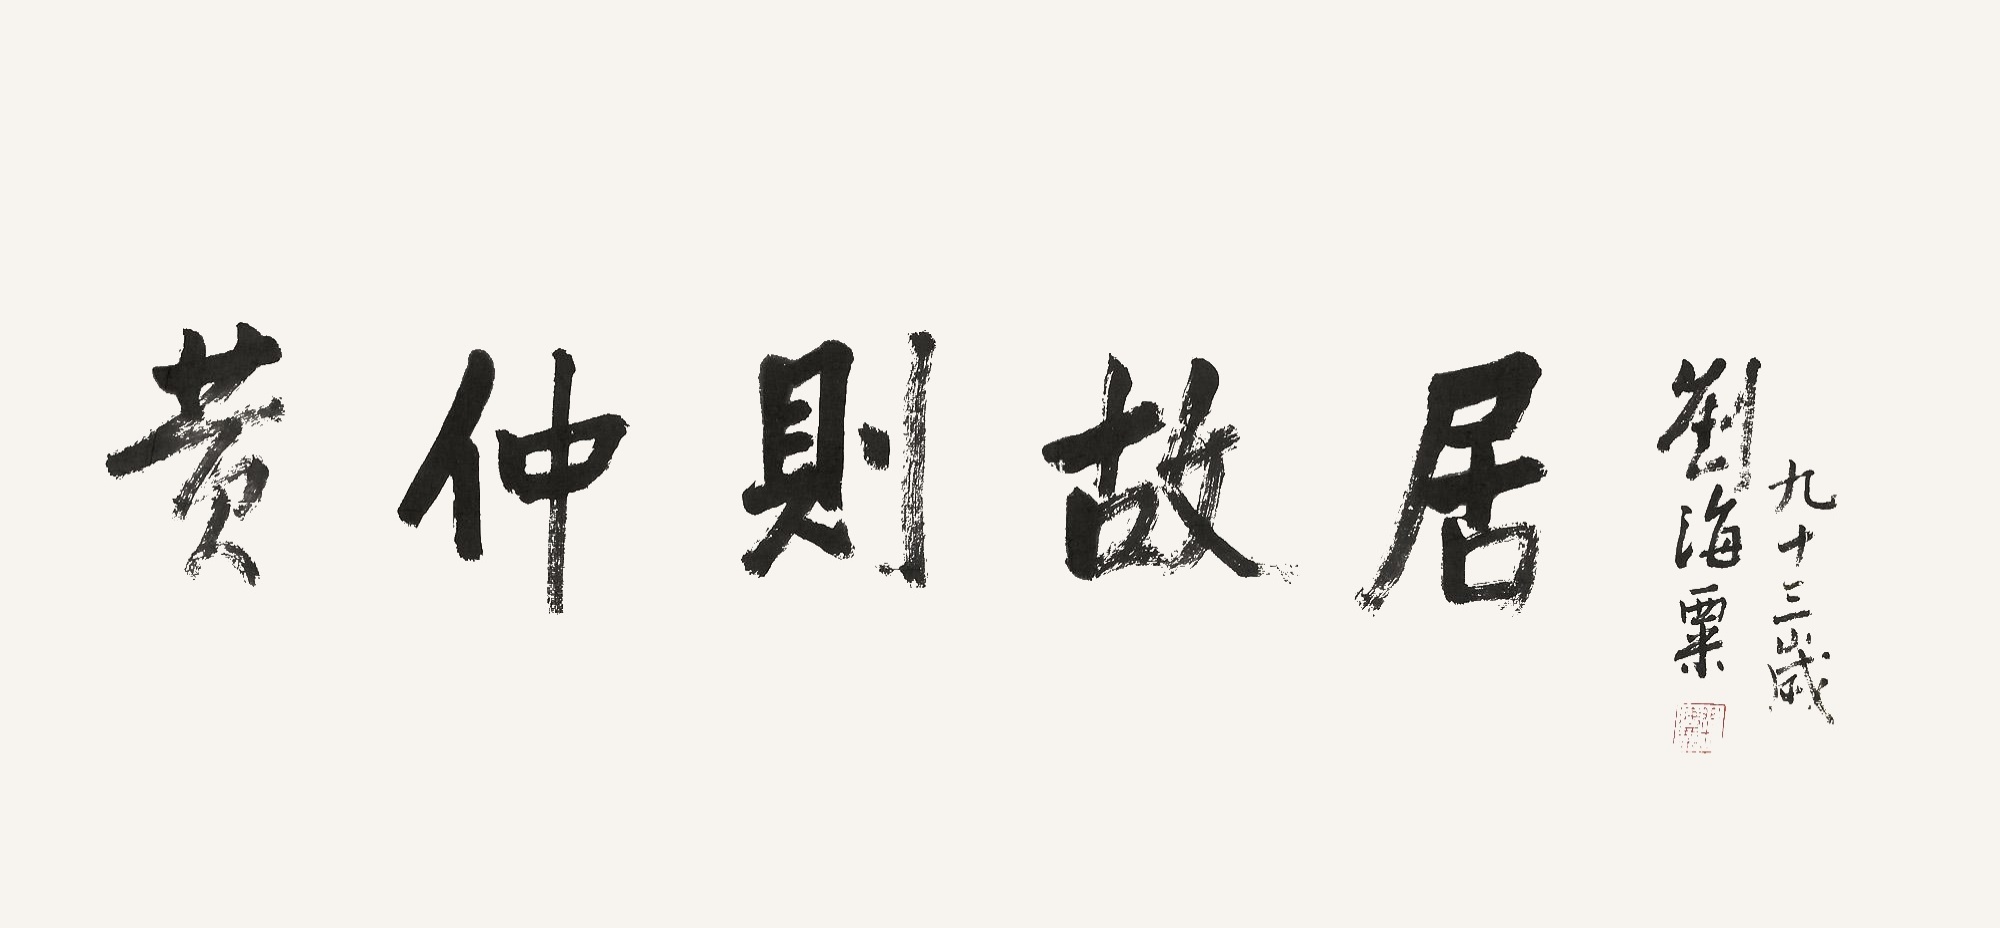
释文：黄仲则故居刘海粟九十三岁。